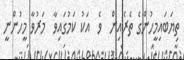
ތިޔަބައިމީހުންގެ ތެރެއިން  ވެ  އަކު ކަމުގައިވާ  މަރުވާ މީހުންނީ